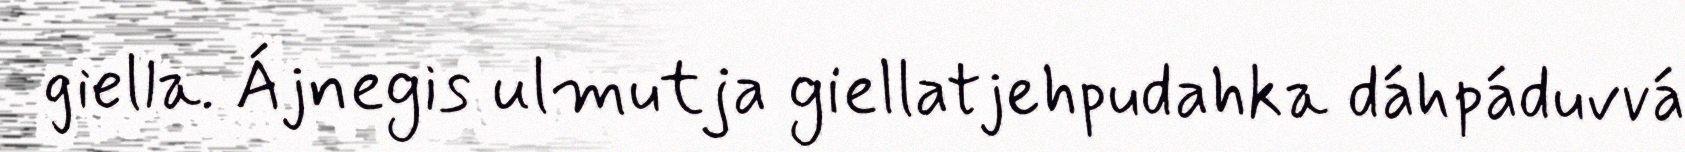
giella. Ájnegis ulmutja giellatjehpudahka dáhpáduvvá